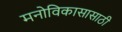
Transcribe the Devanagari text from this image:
मनोविकासासाठी